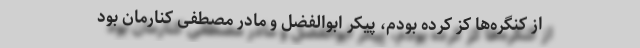
از کنگره‌ها کِز کرده بودم، پیکر ابوالفضل و مادر مصطفی کنارمان بود